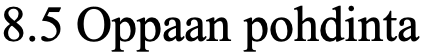
8.5 Oppaan pohdinta